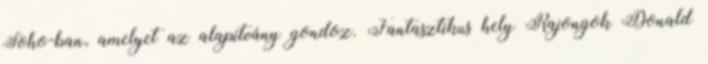
Soho-ban, amelyet az alapítvány gondoz. Fantasztikus hely Rajongok Donald